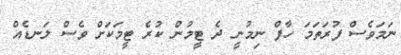
ނަމަވެސް ފުރަތަމަ ހާފް ނިމުނީ ދެ ޓީމުން ކުރެ ޓީމަކަށް ވެސް ލަނޑެއް